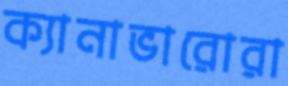
ক্যানাভারোরা